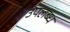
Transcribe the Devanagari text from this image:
उपलब्ध्‍ा